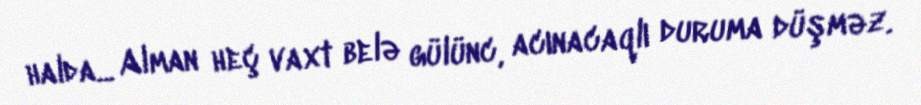
halda... Alman heç vaxt belə gülünc, acınacaqlı duruma düşməz.